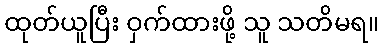
ထုတ်ယူပြီး ဝှက်ထားဖို့ သူ သတိမရ။